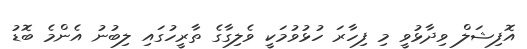
އޮފިޝަލް ވިދާޅުވީ މި ފިހާރަ ހުޅުވުމަކީ ވެލިގާގެ ތާރީހުގައި ލިބުނު އެންމެ ބޮޑު